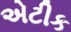
એટીક